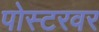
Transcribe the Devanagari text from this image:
पोस्टरवर